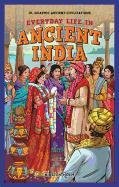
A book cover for Everyday Life in Ancient India (Jr. Graphic Ancient Civilizations); Kirsten Holm; Children's Books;